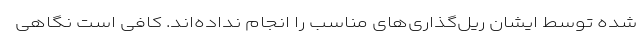
شده توسط ایشان ریل‌گذاری‌های مناسب را انجام نداده‌اند. کافی است نگاهی